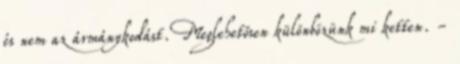
és nem az ármánykodást. Meglehetősen különbözünk mi ketten. -